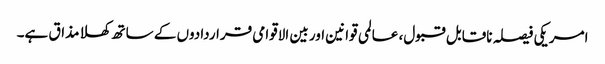
امریکی فیصلہ ناقابل قبول، عالمی قوانین اور بین الاقوامی قراردادوں کے ساتھ کھلا مذاق ہے۔